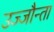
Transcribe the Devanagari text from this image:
उज्‍जौन्ता